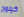
كيلوج